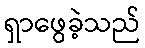
ရှာဖွေခဲ့သည်